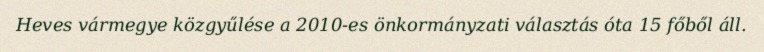
Heves vármegye közgyűlése a 2010-es önkormányzati választás óta 15 főből áll.